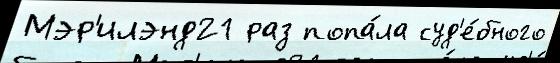
Мэр'илэнд21 раз попа́ла суд'е́бного